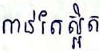
កាន់តែស្អិត